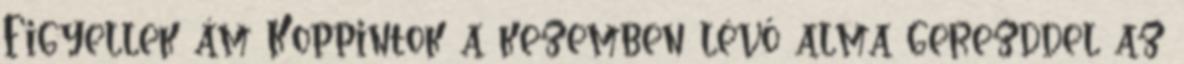
Figyellek ám Koppintok a kezemben lévő alma gerezddel az